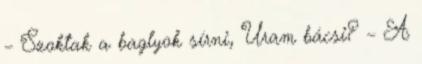
– Szoktak a baglyok sírni, Uram bácsi? – A